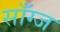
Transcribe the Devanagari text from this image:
साँग्ज